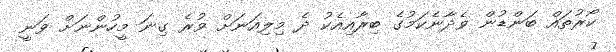
ކޯރުތައް ބަންޑުން ވެދާނެކަމުގެ ބިރާއިއެކު ދެ މިލިއަނަށް ވުރެ ގިނަ މީހުންނަށް ވަނީ